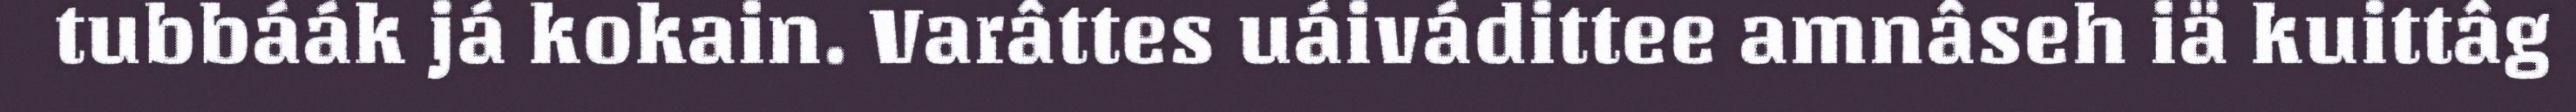
tubbáák já kokain. Varâttes uáivádittee amnâseh iä kuittâg